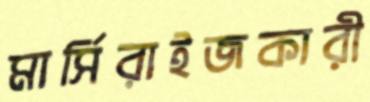
মার্সিরাইজকারী